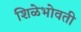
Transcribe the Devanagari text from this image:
शिळेभोवती